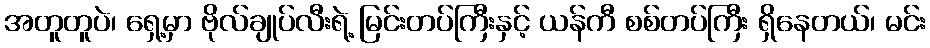
အတူတူပဲ၊ ရှေ့မှာ ဗိုလ်ချုပ်လီးရဲ့ မြင်းတပ်ကြီးနှင့် ယန်ကီ စစ်တပ်ကြီး ရှိနေတယ်၊ မင်း